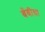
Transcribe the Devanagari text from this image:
बेंबीचा